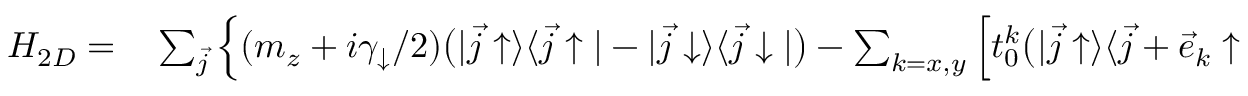
\begin{array} { r l } { H _ { 2 D } = } & { { } \sum _ { \vec { j } } \Big \{ ( m _ { z } + i \gamma _ { \downarrow } / 2 ) \bigr ( | \vec { j } \uparrow \rangle \langle \vec { j } \uparrow | - | \vec { j } \downarrow \rangle \langle \vec { j } \downarrow | \bigr ) - \sum _ { k = x , y } \Big [ t _ { 0 } ^ { k } \bigr ( | \vec { j } \uparrow \rangle \langle \vec { j } + \vec { e } _ { k } \uparrow | - e ^ { - i \vec { K } \cdot \vec { e } _ { k } } | \vec { j } \downarrow \rangle \langle \vec { j } + \vec { e } _ { k } \downarrow | \bigr ) } \end{array}